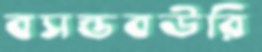
বসন্তবউরি